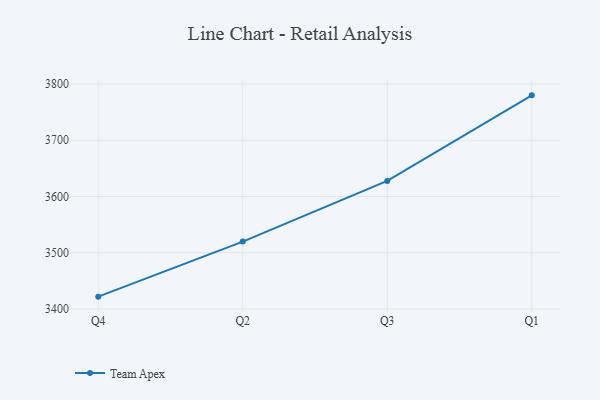
{"axis": {"x": "Quarter", "y": "Operating Costs (USD K)"}, "legend": ["Team Apex"], "data": [{"x": "Q4", "y": 3421.8, "type": "Team Apex"}, {"x": "Q2", "y": 3519.7, "type": "Team Apex"}, {"x": "Q3", "y": 3627.7, "type": "Team Apex"}, {"x": "Q1", "y": 3779.9, "type": "Team Apex"}]}